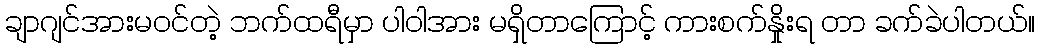
ချာဂျင်အားမဝင်တဲ့ ဘက်ထရီမှာ ပါဝါအား မရှိတာကြောင့် ကားစက်နှိုးရ တာ ခက်ခဲပါတယ်။